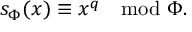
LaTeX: s _ { \Phi } ( x ) \equiv x ^ { q } \mod \Phi .